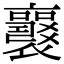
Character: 𧞻